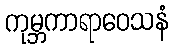
ကုမ္ဘကာရာဝေသနံ